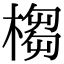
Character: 㮲